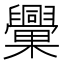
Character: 𣡈